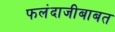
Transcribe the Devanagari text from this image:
फलंदाजीबाबत